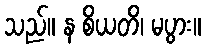
သည်။ န စိယတိ၊ မပွား။